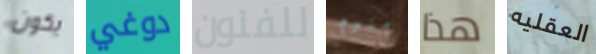
يكون دوغي للفنون منوم هذا العقليه